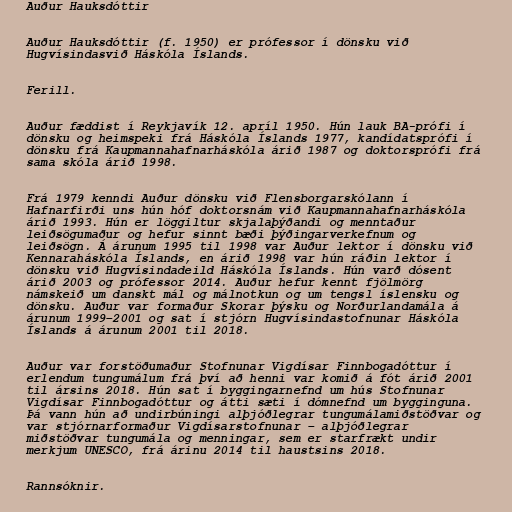
Auður Hauksdóttir

Auður Hauksdóttir (f. 1950) er prófessor í dönsku við
Hugvísindasvið Háskóla Íslands.

Ferill.

Auður fæddist í Reykjavík 12. apríl 1950. Hún lauk BA-prófi í
dönsku og heimspeki frá Háskóla Íslands 1977, kandídatsprófi í
dönsku frá Kaupmannahafnarháskóla árið 1987 og doktorsprófi frá
sama skóla árið 1998.

Frá 1979 kenndi Auður dönsku við Flensborgarskólann í
Hafnarfirði uns hún hóf doktorsnám við Kaupmannahafnarháskóla
árið 1993. Hún er löggiltur skjalaþýðandi og menntaður
leiðsögumaður og hefur sinnt bæði þýðingarverkefnum og
leiðsögn. Á árunum 1995 til 1998 var Auður lektor í dönsku við
Kennaraháskóla Íslands, en árið 1998 var hún ráðin lektor í
dönsku við Hugvísindadeild Háskóla Íslands. Hún varð dósent
árið 2003 og prófessor 2014. Auður hefur kennt fjölmörg
námskeið um danskt mál og málnotkun og um tengsl íslensku og
dönsku. Auður var formaður Skorar þýsku og Norðurlandamála á
árunum 1999–2001 og sat í stjórn Hugvísindastofnunar Háskóla
Íslands á árunum 2001 til 2018.

Auður var forstöðumaður Stofnunar Vigdísar Finnbogadóttur í
erlendum tungumálum frá því að henni var komið á fót árið 2001
til ársins 2018. Hún sat í byggingarnefnd um hús Stofnunar
Vigdísar Finnbogadóttur og átti sæti í dómnefnd um bygginguna.
Þá vann hún að undirbúningi alþjóðlegrar tungumálamiðstöðvar og
var stjórnarformaður Vigdísarstofnunar – alþjóðlegrar
miðstöðvar tungumála og menningar, sem er starfrækt undir
merkjum UNESCO, frá árinu 2014 til haustsins 2018.

Rannsóknir.